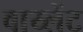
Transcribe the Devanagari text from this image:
वाय्लेंट